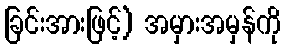
ခြင်းအားဖြင့်) အမှားအမှန်ကို